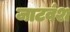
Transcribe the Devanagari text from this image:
जाटवंश